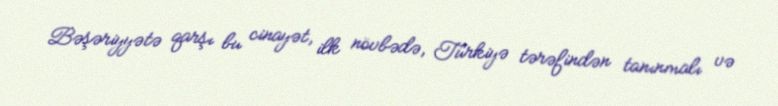
Bəşəriyyətə qarşı bu cinayət, ilk növbədə, Türkiyə tərəfindən tanınmalı və